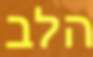
הלב